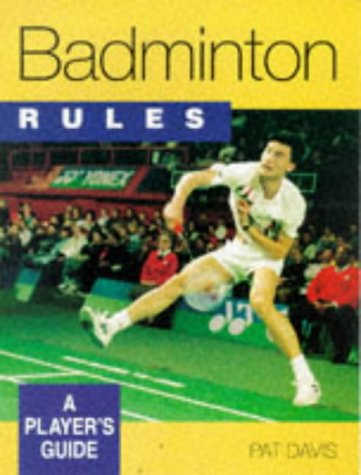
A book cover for Badminton Rules (Play the Game); Pat Davis; Sports & Outdoors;